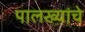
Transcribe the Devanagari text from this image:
पालख्यांचे